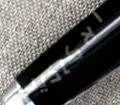
الاكاذيب